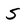
Character: S